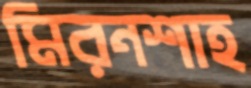
মিরনশাহ